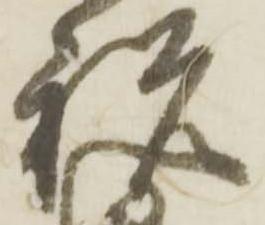
祝